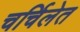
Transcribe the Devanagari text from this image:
चर्चिलेत